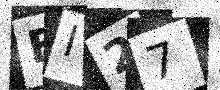
Text: FI27